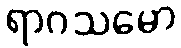
ရာဂသမော